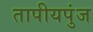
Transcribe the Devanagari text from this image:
तापीयपुंज